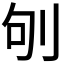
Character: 𠛎